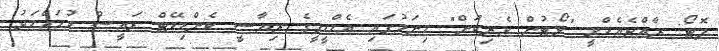
ފޮޓޯ: ރާއްޖެއެމްވީ "ވޯޓުން ވެރިކަން" މިނަމުގައި އެމްޑީޕީގެ ރިޔާސީ ކެންޑިޑޭޓް ރައީސް މުހައްމަދު